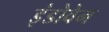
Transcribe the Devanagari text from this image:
इंडोवेन